Kuressaare_kinnistusamet, lk 3
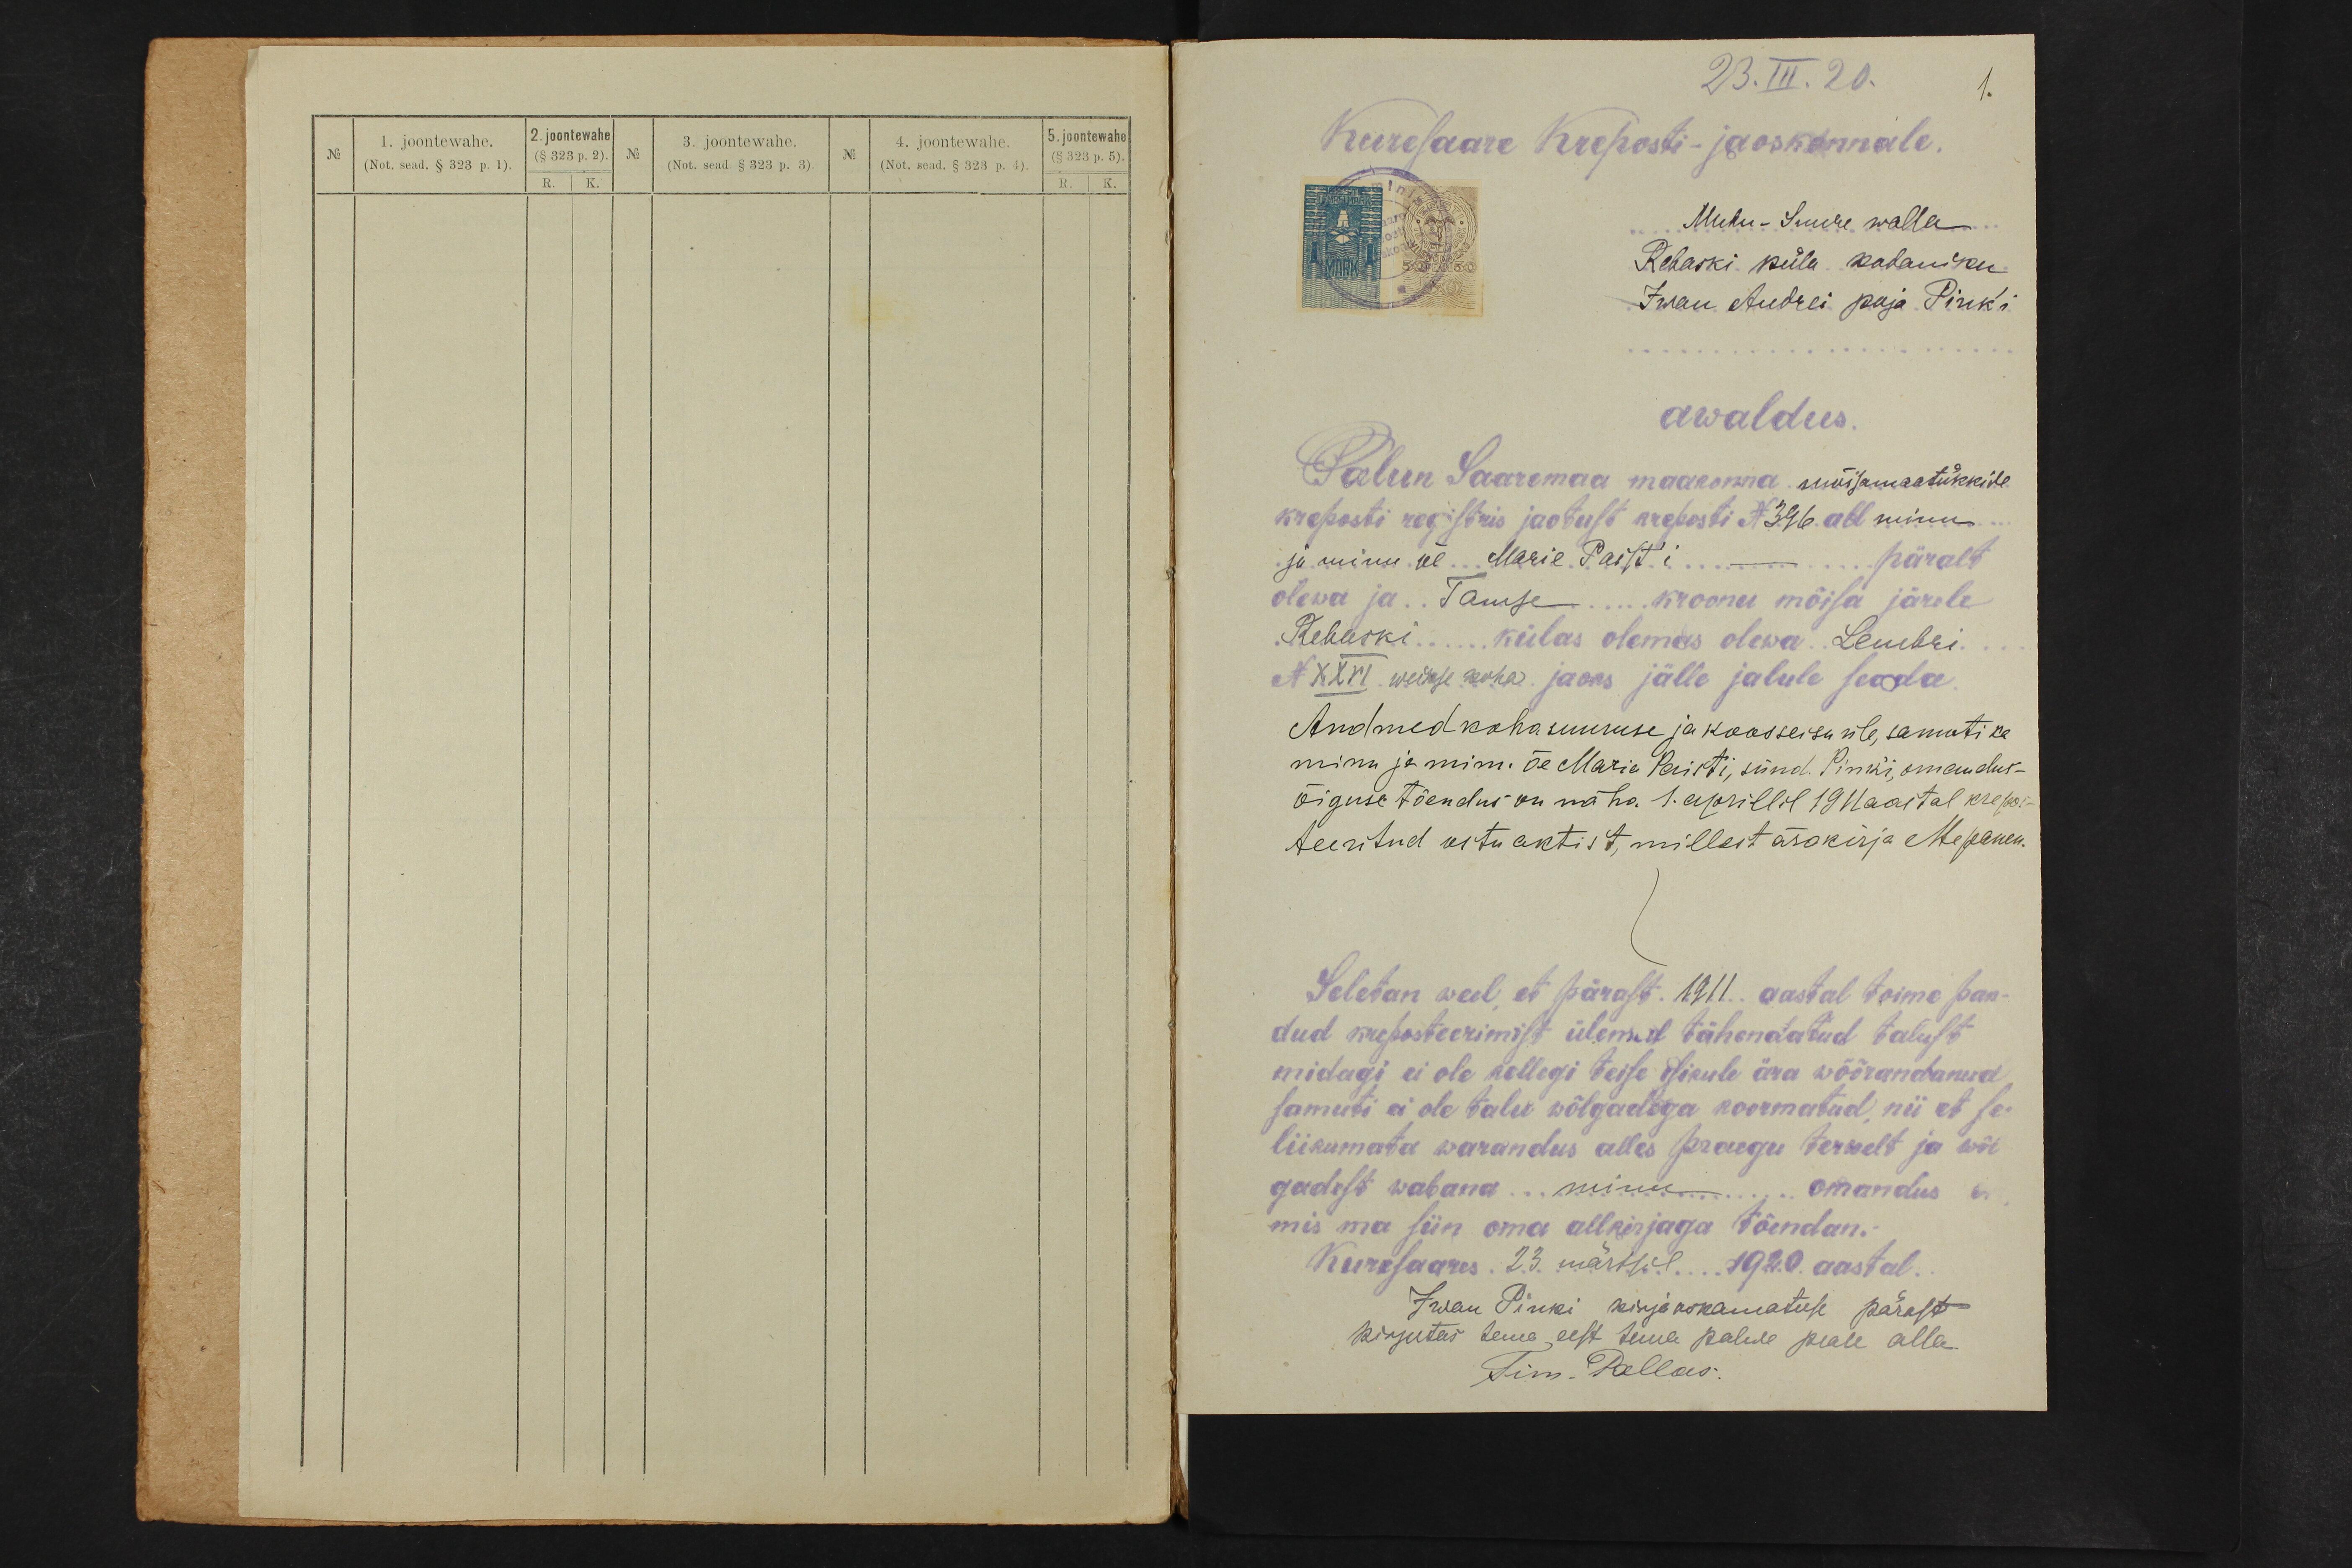
23.III.20.
1.
Kuresaare Kreposti-jaoskonnale.
Muhu- Suure walla
Rebaski küla kodaniku
Iwan Andrei poja Pink'i
awaldus.
Palun Saaremaa maakonna mõisamaatükkide
kreposti registris jaotust mehesti N326 all minu
ja minu õe Marie Paist'i - päralt
olewa ja Tamse kroonu mõisa järele
Rebaski külas olemas olewa. Lembri
NXXVI weikse koha jaoks jälle jalule seada
Andmed koha suuruse ja koosseisu üle, samuti ka
minu ja minu õe Maria Paisti, sünd Pink'i omandus-
õiguse tõendus on näha. 1. aprillil 1911 aastal krepos-
teeritud ostu aktist, millest ärakirja ettepanek.
Seletan weel, et pärast. 1911 aastal toime pan-
dud kreposteerimist ülewal tähendatud talust
midagi ei ole kellegi teise isikule ära wõõrandanud
samuti ei ole talu wõlgadega koormatud, nii et se
liikumata warandus alles praegu terwelt ja wõl
gadest wabana minu omandus on
mis ma siin oma allkirjaga tõendan.-
Kuresaares 23. märtsil 1920. aastal.
Iwan Pinki kirjaoskamatuse pärast
kirjutas tema eest tema palwe peale alla
Tim. Pallas.

No
1. joontewahe
2.joontewane
3. joontewahe.
5. joontewahe
4. joontewahe.
(§ 323 p. 5)
(Not. sead. § 323 p. 1)
( Not. send § 823 p. 3)
( (No t. sedd. § 828 p. 4)
(§ 323 p. 2).
No